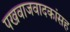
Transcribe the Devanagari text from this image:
पखवाजवादकांसह